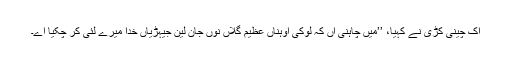
اِک چینی کُڑی نے کہیا، ’’میں چاہنی آں کہ لوکی اُوہناں عظیم گلاں نوں جان لین جیہڑیاں خُدا میرے لئی کر چکیا اے۔